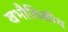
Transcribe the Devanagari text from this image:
खभौतिकीय